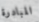
المبادرة